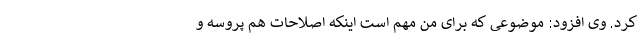
کرد. وی افزود: موضوعی که برای من مهم است اینکه اصلاحات هم پروسه و